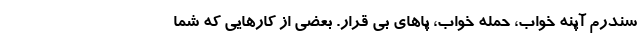
سندرم آپنه خواب، حمله خواب، پاهای بی قرار. بعضی از کارهایی که شما